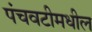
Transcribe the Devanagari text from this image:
पंचवटीमधील